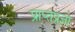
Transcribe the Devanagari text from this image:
प्राप्तप्रज्ञा